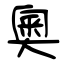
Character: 奧